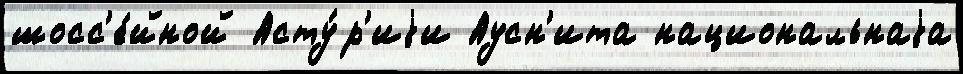
шосс'е́йной Асту́р'иjи Аусн'ита национальнаjа